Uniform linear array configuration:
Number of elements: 24
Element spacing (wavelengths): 0.75
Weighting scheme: uniform
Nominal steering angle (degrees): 60
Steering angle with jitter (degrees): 61.488
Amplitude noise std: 0.05
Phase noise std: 0.05

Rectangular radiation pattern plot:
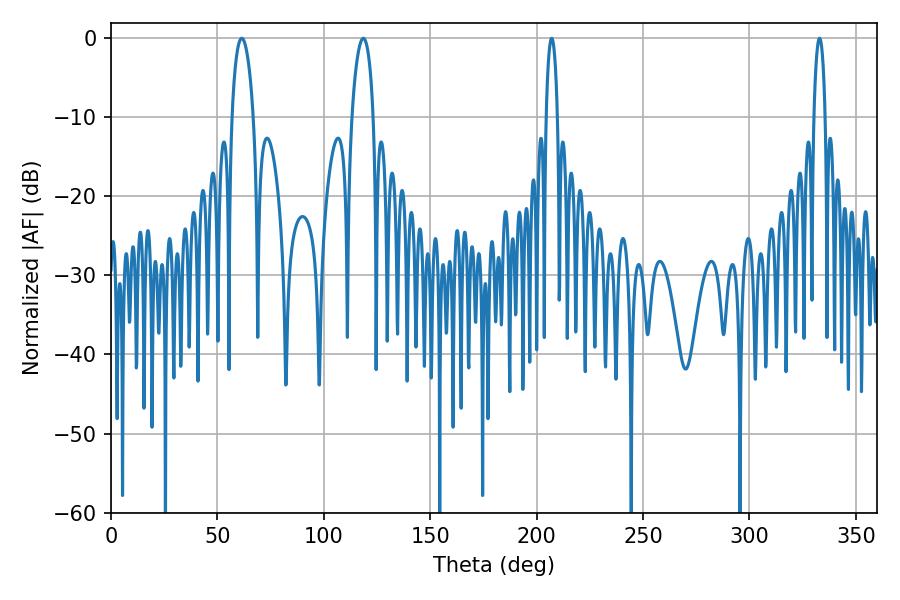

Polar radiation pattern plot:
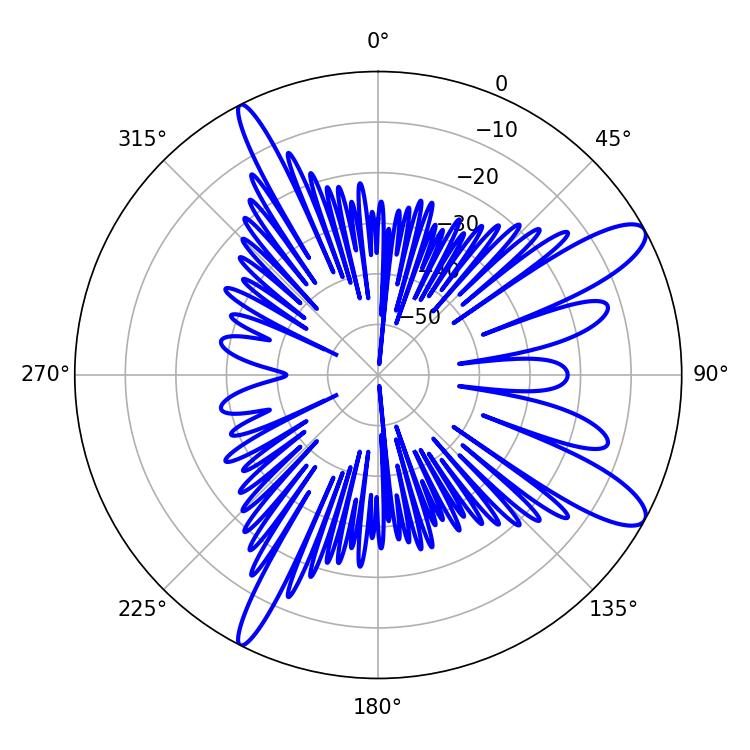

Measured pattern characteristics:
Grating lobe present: TRUE
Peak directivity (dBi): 11.376
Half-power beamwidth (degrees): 5.76
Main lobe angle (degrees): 61.38